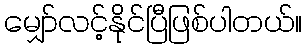
မျှော်လင့်နိုင်ပြီဖြစ်ပါတယ်။